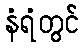
နံရံတွင်